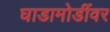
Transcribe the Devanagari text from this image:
घाडामोडींवर